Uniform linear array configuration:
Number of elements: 24
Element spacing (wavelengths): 0.25
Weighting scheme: kaiser
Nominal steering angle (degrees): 60
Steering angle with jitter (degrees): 61.59
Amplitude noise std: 0.05
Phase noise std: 0.05

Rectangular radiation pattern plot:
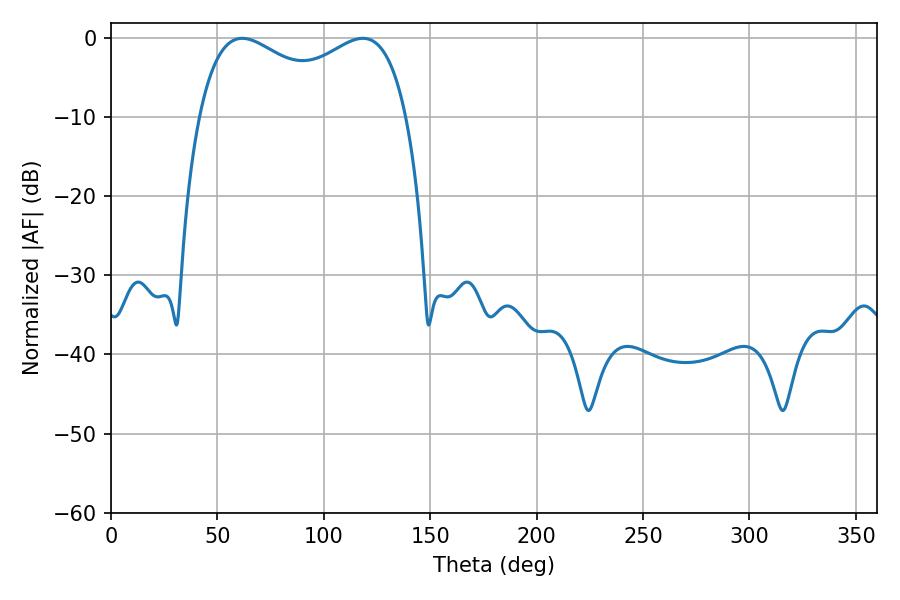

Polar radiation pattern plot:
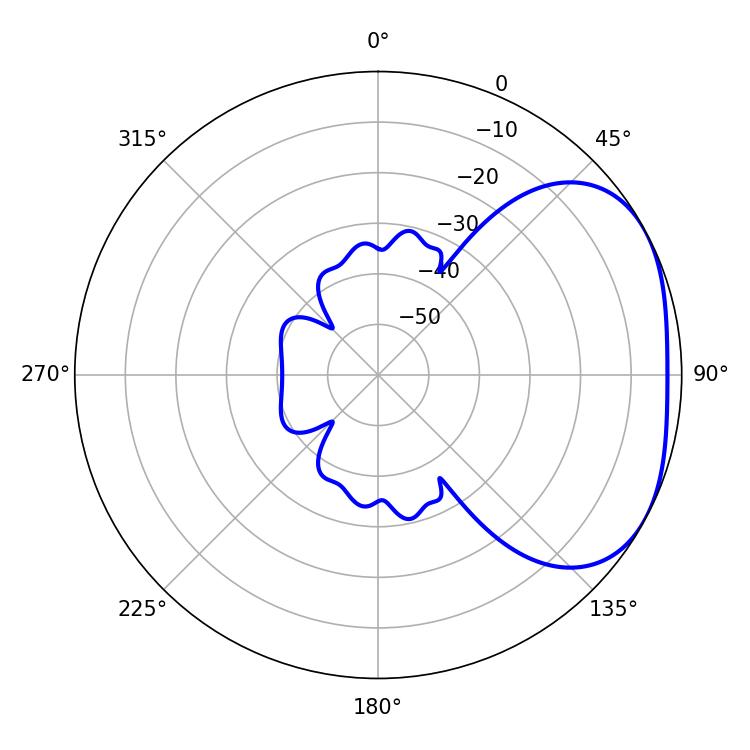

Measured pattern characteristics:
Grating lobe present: FALSE
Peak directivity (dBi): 2.834
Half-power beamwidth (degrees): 81.36
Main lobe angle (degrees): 61.74